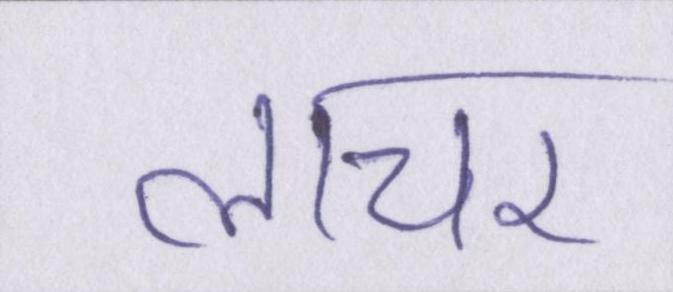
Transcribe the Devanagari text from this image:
लाचर